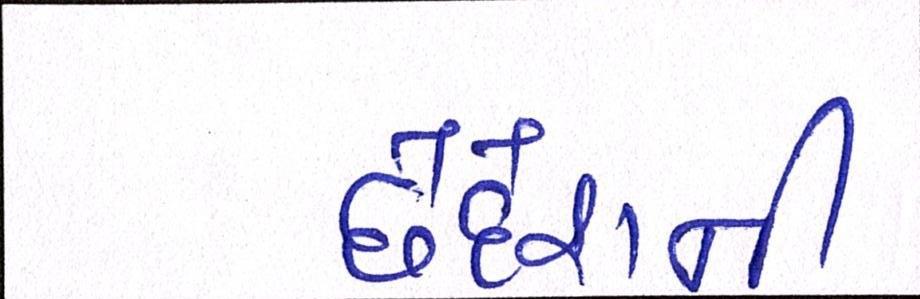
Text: છેદેશની